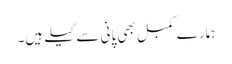
ہمارے کمبل بھی پانی سے گیلے ہیں۔